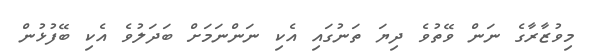
މިވުޒާރާގެ ނަން ވޭތުވެ ދިޔަ ތަނުގައި އެކި ނަންނަމަށް ބަދަލުވެ އެކި ބޭފުޅުން